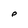
Character: P